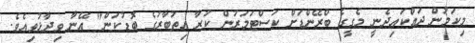
މިކަމުން ދައްކައިދެނީ މެގީގެ ބްރޭންޑަށް ކަސްޓަމަރުން ކުރާ އިތުބާރުގެ ބޮޑުކަން" އޭނާ ވިދާޅުވިއެވެ.